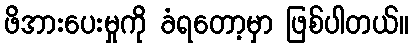
ဖိအားပေးမှုကို ခံရတော့မှာ ဖြစ်ပါတယ်။